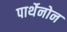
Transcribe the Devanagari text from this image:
पार्थेनोन